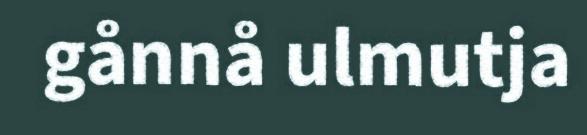
gånnå ulmutja